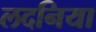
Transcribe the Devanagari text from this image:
लदनिया